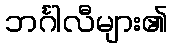
ဘင်္ဂါလီများ၏